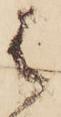
は